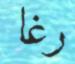
رغا